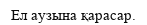
Ел аузына қарасар.